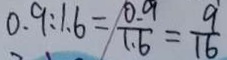
0 . 9 : 1 6 = \frac { 0 . 9 } { 1 . 6 } = \frac { 9 } { 1 6 }